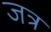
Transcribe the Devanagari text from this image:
जत्र